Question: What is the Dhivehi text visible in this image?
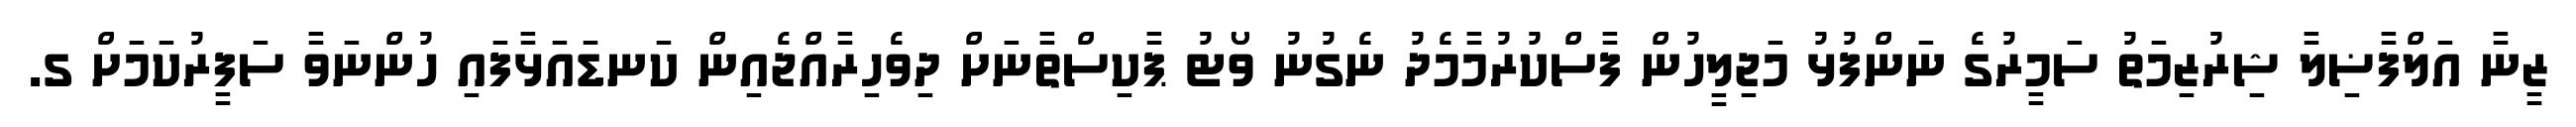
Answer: ޒީނާ އަލްފާޟިލާ ޝިރުޒިމަތު ސަމީރުގެ ނަންފުޅު މަޖިލީހުން ފާސްކުރުމާމެދު ނެގުނު ވޯޓު ޕާކިސްތާނަށް ދިވެހިރާއްޖެއިން ކަނޑައަޅާފައި ހުންނަވާ ސަފީރުކަމަށް ގ.